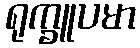
ရုက္ခူပမာ